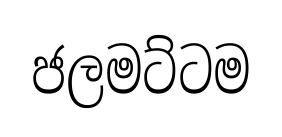
ජලමට්ටම